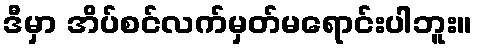
ဒီမှာ အိပ်စင်လက်မှတ်မရောင်းပါဘူး။